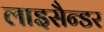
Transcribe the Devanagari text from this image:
लाइसैन्डर